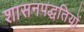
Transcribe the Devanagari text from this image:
शासनपद्धतियों